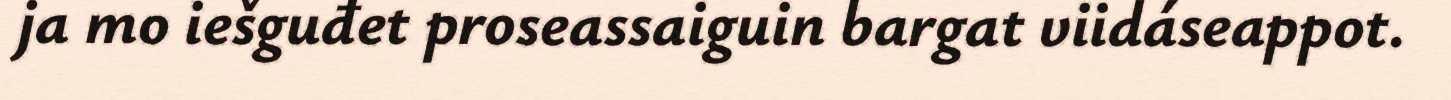
ja mo iešguđet proseassaiguin bargat viidáseappot.